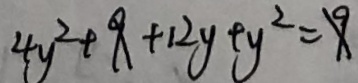
4 y ^ { 2 } + 9 + 1 2 y + y ^ { 2 } = 9